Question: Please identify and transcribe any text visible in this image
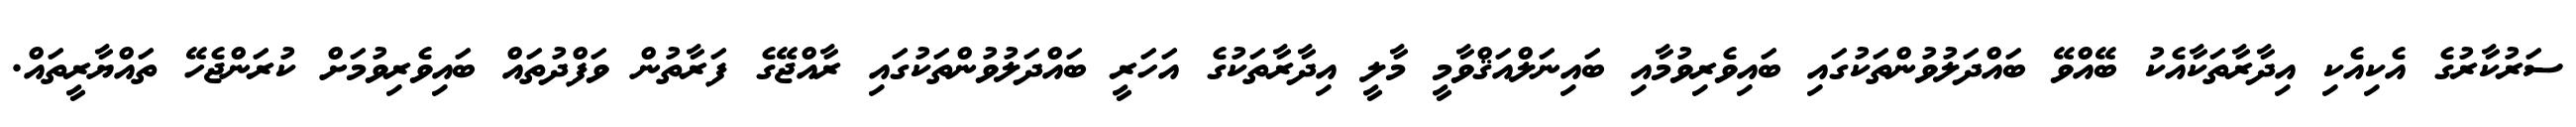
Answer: ސަރުކާރުގެ އެކިއެކި އިދާރާތަކާއެކު ބޭއްވޭ ބައްދަލުވުންތަކުގައި ބައިވެރިވުމާއި ބައިނަލްއަޤްވާމީ މާލީ އިދާރާތަކުގެ އަހަރީ ބައްދަލުވުންތަކުގައި ރާއްޖޭގެ ފަރާތުން ވަފްދުތައް ބައިވެރިވުމަށް ކުރަންޖެހޭ ތައްޔާރީތައް.